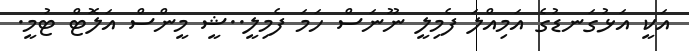
އަކީ އަޅުގަނޑުގެ އަމިއްލަ ފެމިލީ ނޫނަސް ހަމަ ފެމިލީ..ޝީ މީންސް އަލޮޓް ޓުމީ.